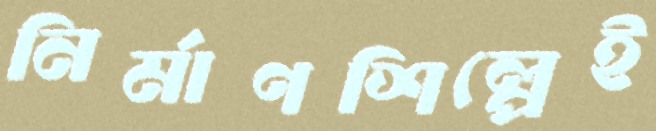
নির্মাণশিল্পেই